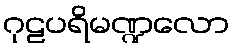
ဂုဠပရိမဏ္ဍလော